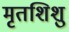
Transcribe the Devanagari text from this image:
मृतशिशु